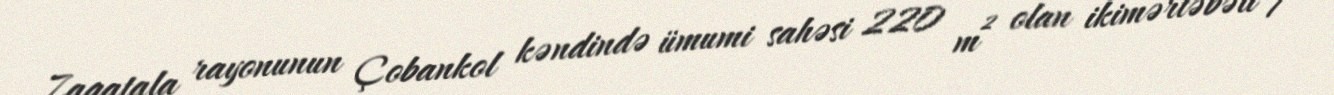
Zaqatala rayonunun Çobankol kəndində ümumi sahəsi 220 m² olan ikimərtəbəli 7